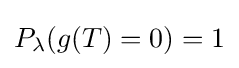
P_{\lambda }(g(T)=0)=1